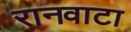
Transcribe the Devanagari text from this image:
रानवाटा